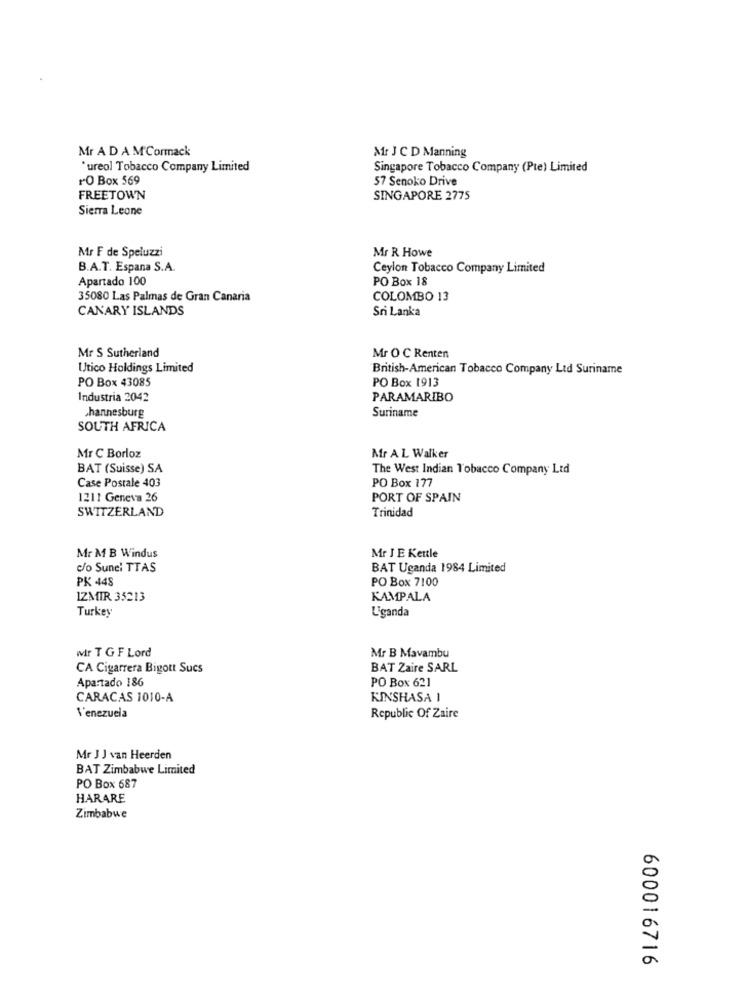
Mr A D A M'Cormack
Mr J CD Manning
"ureol Tobacco Company Limited
Singapore Tobacco Company (Pte) Limited
r.O Box 569
57 Senoko Drive
FREETOWN
SINGAPORE 2775
Sierra Leone
Mr F de Speluzzi
Mr R Howe
B.A.T. Espana S.A.
Ceylon Tobacco Company Limited
Apartado 100
PO Box 18
35080 Las Palmas de Gran Canaria
COLOMBO 13
CANARY ISLANDS
Sri Lanka
Mr S Sutherland
Mr O C Renten
Utico Holdings Limited
British-American Tobacco Company Ltd Suriname
PO Box 43085
PO Box 1913
Industria 2042
PARAMARIBO
hannesburg
Suriname
SOUTH AFRICA
Mr C Borloz
Mr A L Walker
BAT (Suisse) SA
The West Indian Tobacco Company Ltd
Case Postale 403
PO Box 177
1211 Geneva 26
PORT OF SPAIN
SWITZERLAND
Trinidad
Mr M B Windus
Mr J E Kettle
c/o Sunei TTAS
BAT Uganda 1984 Limited
PK 448
PO Box 7100
IZMIR 35213
KAMPALA
Turkey
Uganda
wir T G F Lord
Mr B Mavambu
CA Cigarrera Bigott Sucs
BAT Zaire SARL
Apartado 186
PO Box 621
CARACAS 1010-A
KINSHASA I
Venezuela
Republic Of Zaire
Mr J J van Heerden
BAT Zimbabwe Limited
PO Box 687
HARARE
Zimbabwe
600016716